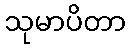
သုမာပိတာ